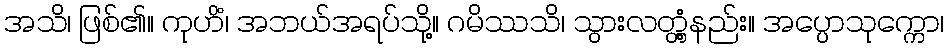
အသိ၊ ဖြစ်၏။ ကုဟိံ၊ အဘယ်အရပ်သို့။ ဂမိဿသိ၊ သွားလတ္တံ့နည်း။ အပ္ပောသုက္ကော၊